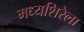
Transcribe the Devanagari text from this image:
मध्यशिरेला